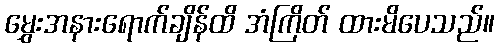
မွှေးအနားရောက်ချိန်ထိ အံကြိတ် ထားမိပေသည်။